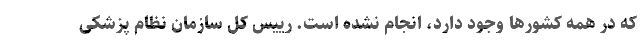
که در همه کشورها وجود دارد، انجام نشده است. رییس کل سازمان نظام پزشکی